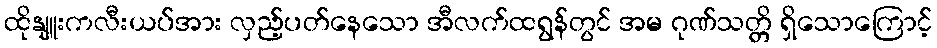
ထိုနျူးကလီးယပ်အား လှည့်ပတ်နေသော အီလက်ထရွန်တွင် အမ ဂုဏ်သတ္တိ ရှိသောကြောင့်